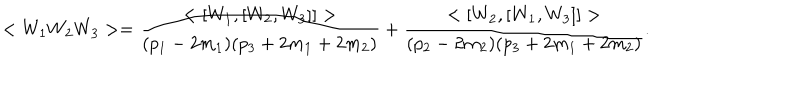
< W _ { 1 } W _ { 2 } W _ { 3 } > = \frac { < [ W _ { 1 } , [ W _ { 2 } , W _ { 3 } ] ] > } { ( p _ { 1 } - 2 m _ { 1 } ) ( p _ { 3 } + 2 m _ { 1 } + 2 m _ { 2 } ) } + \frac { < [ W _ { 2 } , [ W _ { 1 } , W _ { 3 } ] ] > } { ( p _ { 2 } - 2 m _ { 2 } ) ( p _ { 3 } + 2 m _ { 1 } + 2 m _ { 2 } ) } .